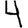
Digit: 4